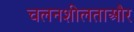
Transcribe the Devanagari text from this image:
चलनशीलताऔर